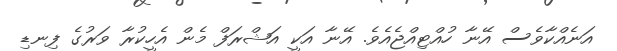
އަނެއްކާވެސް އޭނާ ހުއްޓިއްޖެއެވެ. އޭނާ އަކީ އަޝްރަފް މެން އެހީކުރާ ވަރުގެ ފިނޑި